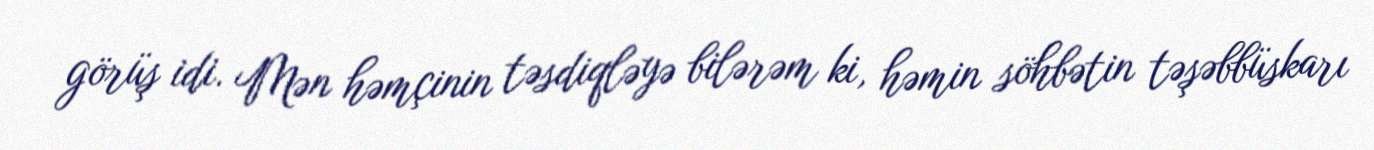
görüş idi. Mən həmçinin təsdiqləyə bilərəm ki, həmin söhbətin təşəbbüskarı